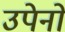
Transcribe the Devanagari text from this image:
उपेनो